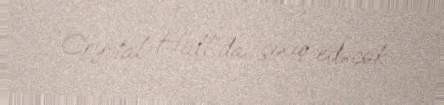
Crystal Hall”da çıxış edəcək.